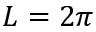
L = 2 \pi